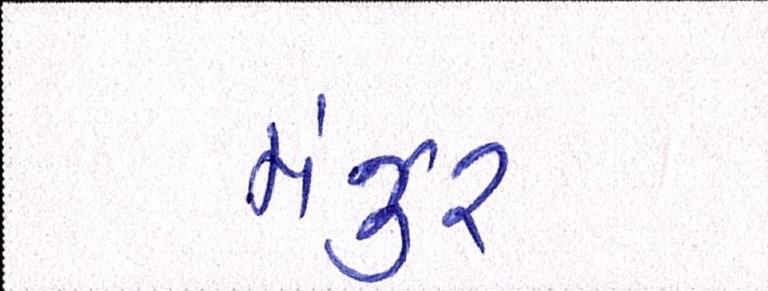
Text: મંજુર